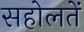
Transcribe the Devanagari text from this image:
सहोलतें